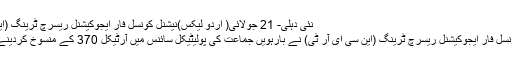
نئی دہلی- 21 جولائی( اردو لیکس)نیشنل کونسل فار ایجوکیشنل ریسرچ ٹرینگ (این سی ای آر ٹی) نے بارہویں جماعت ک ...
نئی دہلی- 21 جولائی( اردو لیکس)نیشنل کونسل فار ایجوکیشنل ریسرچ ٹرینگ (این سی ای آر ٹی) نے بارہویں جماعت کی پولیٹیکل سائنس میں آرٹیکل 370 کے منسوخ کردینے کے فیصلے کو شامل کرنے کا فیصلہ کیا۔